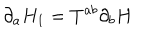
LaTeX: \partial _ { a } H _ { 1 } = T ^ { a b } \partial _ { b } H